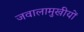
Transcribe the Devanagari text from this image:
जवालामुखीयों